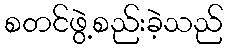
စတင်ဖွဲ့စည်းခဲ့သည်